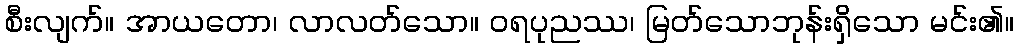
စီးလျက်။ အာယတော၊ လာလတ်သော။ ဝရပုညဿ၊ မြတ်သောဘုန်းရှိသော မင်း၏။